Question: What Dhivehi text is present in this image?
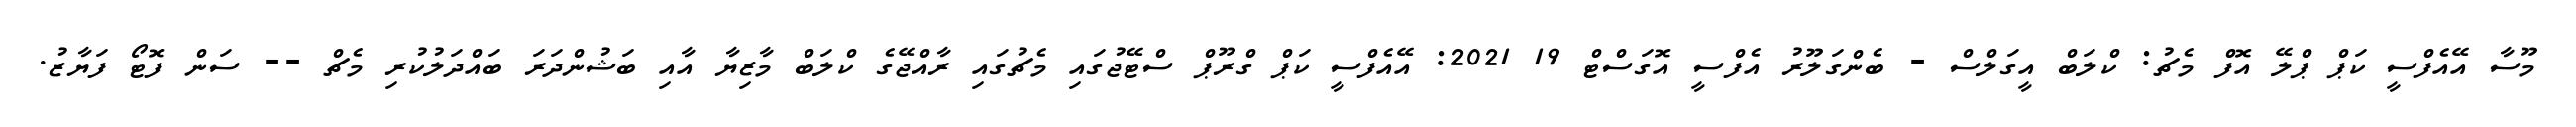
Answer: މޫސާ އޭއެފްސީ ކަޕް ޕްލޭ އޮފް މެޗު: ކްލަބް އީގަލްސް - ބެންގަލޫރު އެފްސީ އޮގަސްޓް 19 2021: އޭއެފްސީ ކަޕް ގްރޫޕް ސްޓޭޖުގައި މެޗުގައި ރާއްޖޭގެ ކްލަބް މާޒިޔާ އާއި ބަޝުންދަރަ ބައްދަލުކުރި މެޗް -- ސަން ފޮޓޯ ފަޔާޒު.